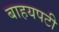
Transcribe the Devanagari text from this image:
बाहयपटी